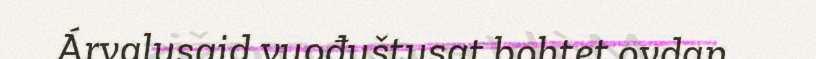
Árvalusaid vuođuštusat bohtet ovdan